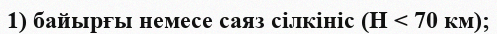
1) байырғы немесе саяз сілкініс (H < 70 км);